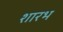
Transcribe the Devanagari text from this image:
शारभ